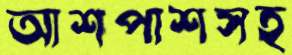
আশপাশসহ